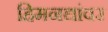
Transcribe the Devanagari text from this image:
हिमनद्यांवर